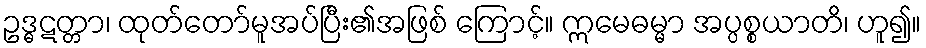
ဥဒ္ဓဋတ္တာ၊ ထုတ်တော်မူအပ်ပြီး၏အဖြစ် ကြောင့်။ ဣမေဓမ္မာ အပ္ပစ္စယာတိ၊ ဟူ၍။